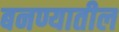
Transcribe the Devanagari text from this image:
बनण्यातील